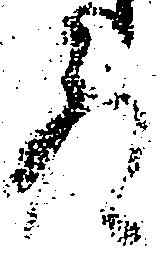
殿